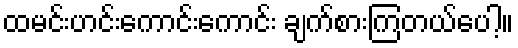
ထမင်းဟင်းကောင်းကောင်း ချက်စားကြတယ်ပေါ့။